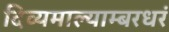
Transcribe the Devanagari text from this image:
दिव्यमाल्याम्बरधरं